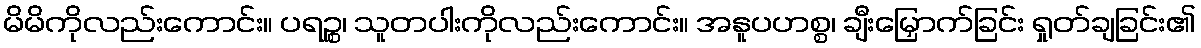
မိမိကိုလည်းကောင်း။ ပရဉ္စ၊ သူတပါးကိုလည်းကောင်း။ အနူပဟစ္စ၊ ချီးမြှောက်ခြင်း ရှုတ်ချခြင်း၏